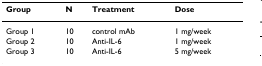
<table><thead><tr><td><b>Group</b></td><td><b>N</b></td><td><b>Treatment</b></td><td><b>Dose</b></td></tr></thead><tbody><tr><td>Group 1</td><td>10</td><td>control mAb</td><td>1 mg/week</td></tr><tr><td>Group 2</td><td>10</td><td>Anti-IL-6</td><td>1 mg/week</td></tr><tr><td>Group 3</td><td>10</td><td>Anti-IL-6</td><td>5 mg/week</td></tr></tbody></table>